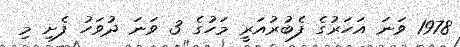
1978 ވަނަ އަހަރުގެ ފެބުރުއަރީ މަހުގެ 3 ވަނަ ދުވަހު ފެށި މި